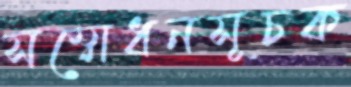
সম্বোধনসূচক